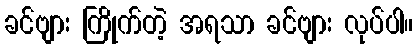
ခင်ဗျား ကြိုက်တဲ့ အရသာ ခင်ဗျား လုပ်ပါ။